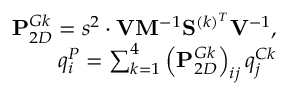
\begin{array} { r } { \mathbf { P } _ { 2 D } ^ { G k } = s ^ { 2 } \cdot \mathbf { V } \mathbf { M } ^ { - 1 } \mathbf { S } ^ { ( k ) ^ { T } } \mathbf { V } ^ { - 1 } , } \\ { q _ { i } ^ { P } = \sum _ { k = 1 } ^ { 4 } \left( \mathbf { P } _ { 2 D } ^ { G k } \right) _ { i j } q _ { j } ^ { C k } } \end{array}